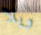
ويلا